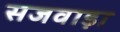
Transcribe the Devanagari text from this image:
सजवाड़ा